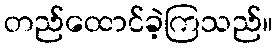
တည်ထောင်ခဲ့ကြသည်။